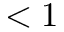
< 1